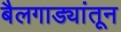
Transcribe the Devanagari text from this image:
बैलगाड्यांतून